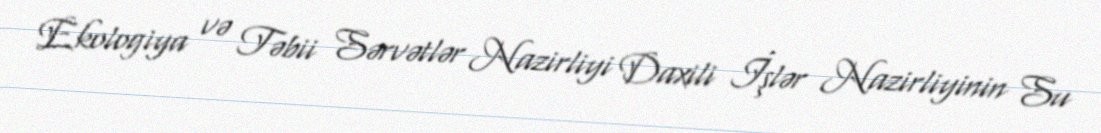
Ekologiya və Təbii Sərvətlər Nazirliyi Daxili İşlər Nazirliyinin Su